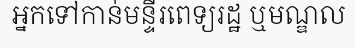
អ្នកទៅកាន់មន្ទីរពេទ្យរដ្ឋ ឬមណ្ឌល